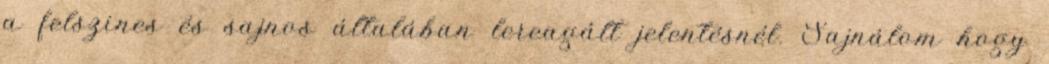
a felszines és sajnos általában lereagált jelentésnél. Sajnálom hogy